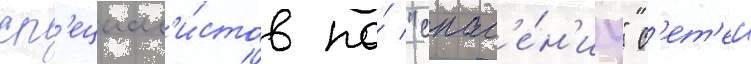
сп'ециал'и́стов по́ "спас'е́н'иу" с'ет'еи